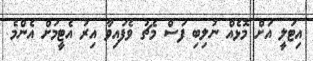
އިޓަލީ އަށް މޮޅެއް ނުލިބި ފަސް މެޗު ވެފައިވާ އިރު އެޓީމަށް އެންމެ